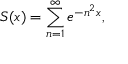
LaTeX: S ( x ) = \sum _ { n = 1 } ^ { \infty } e ^ { - n ^ { 2 } x } ,